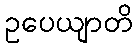
ဥပေယျာတိ